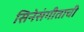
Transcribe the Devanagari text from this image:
सिनेसंगीताची